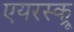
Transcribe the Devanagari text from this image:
एयरस्क्रू